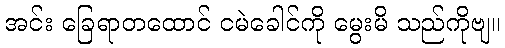
အင်း ခြေရာတထောင် ငမဲခေါင်ကို မွေးမိ သည်ကိုဗျ။